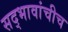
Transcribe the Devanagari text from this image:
सद्‍भावांचीच